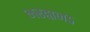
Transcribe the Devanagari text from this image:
भरद्वाजऽ